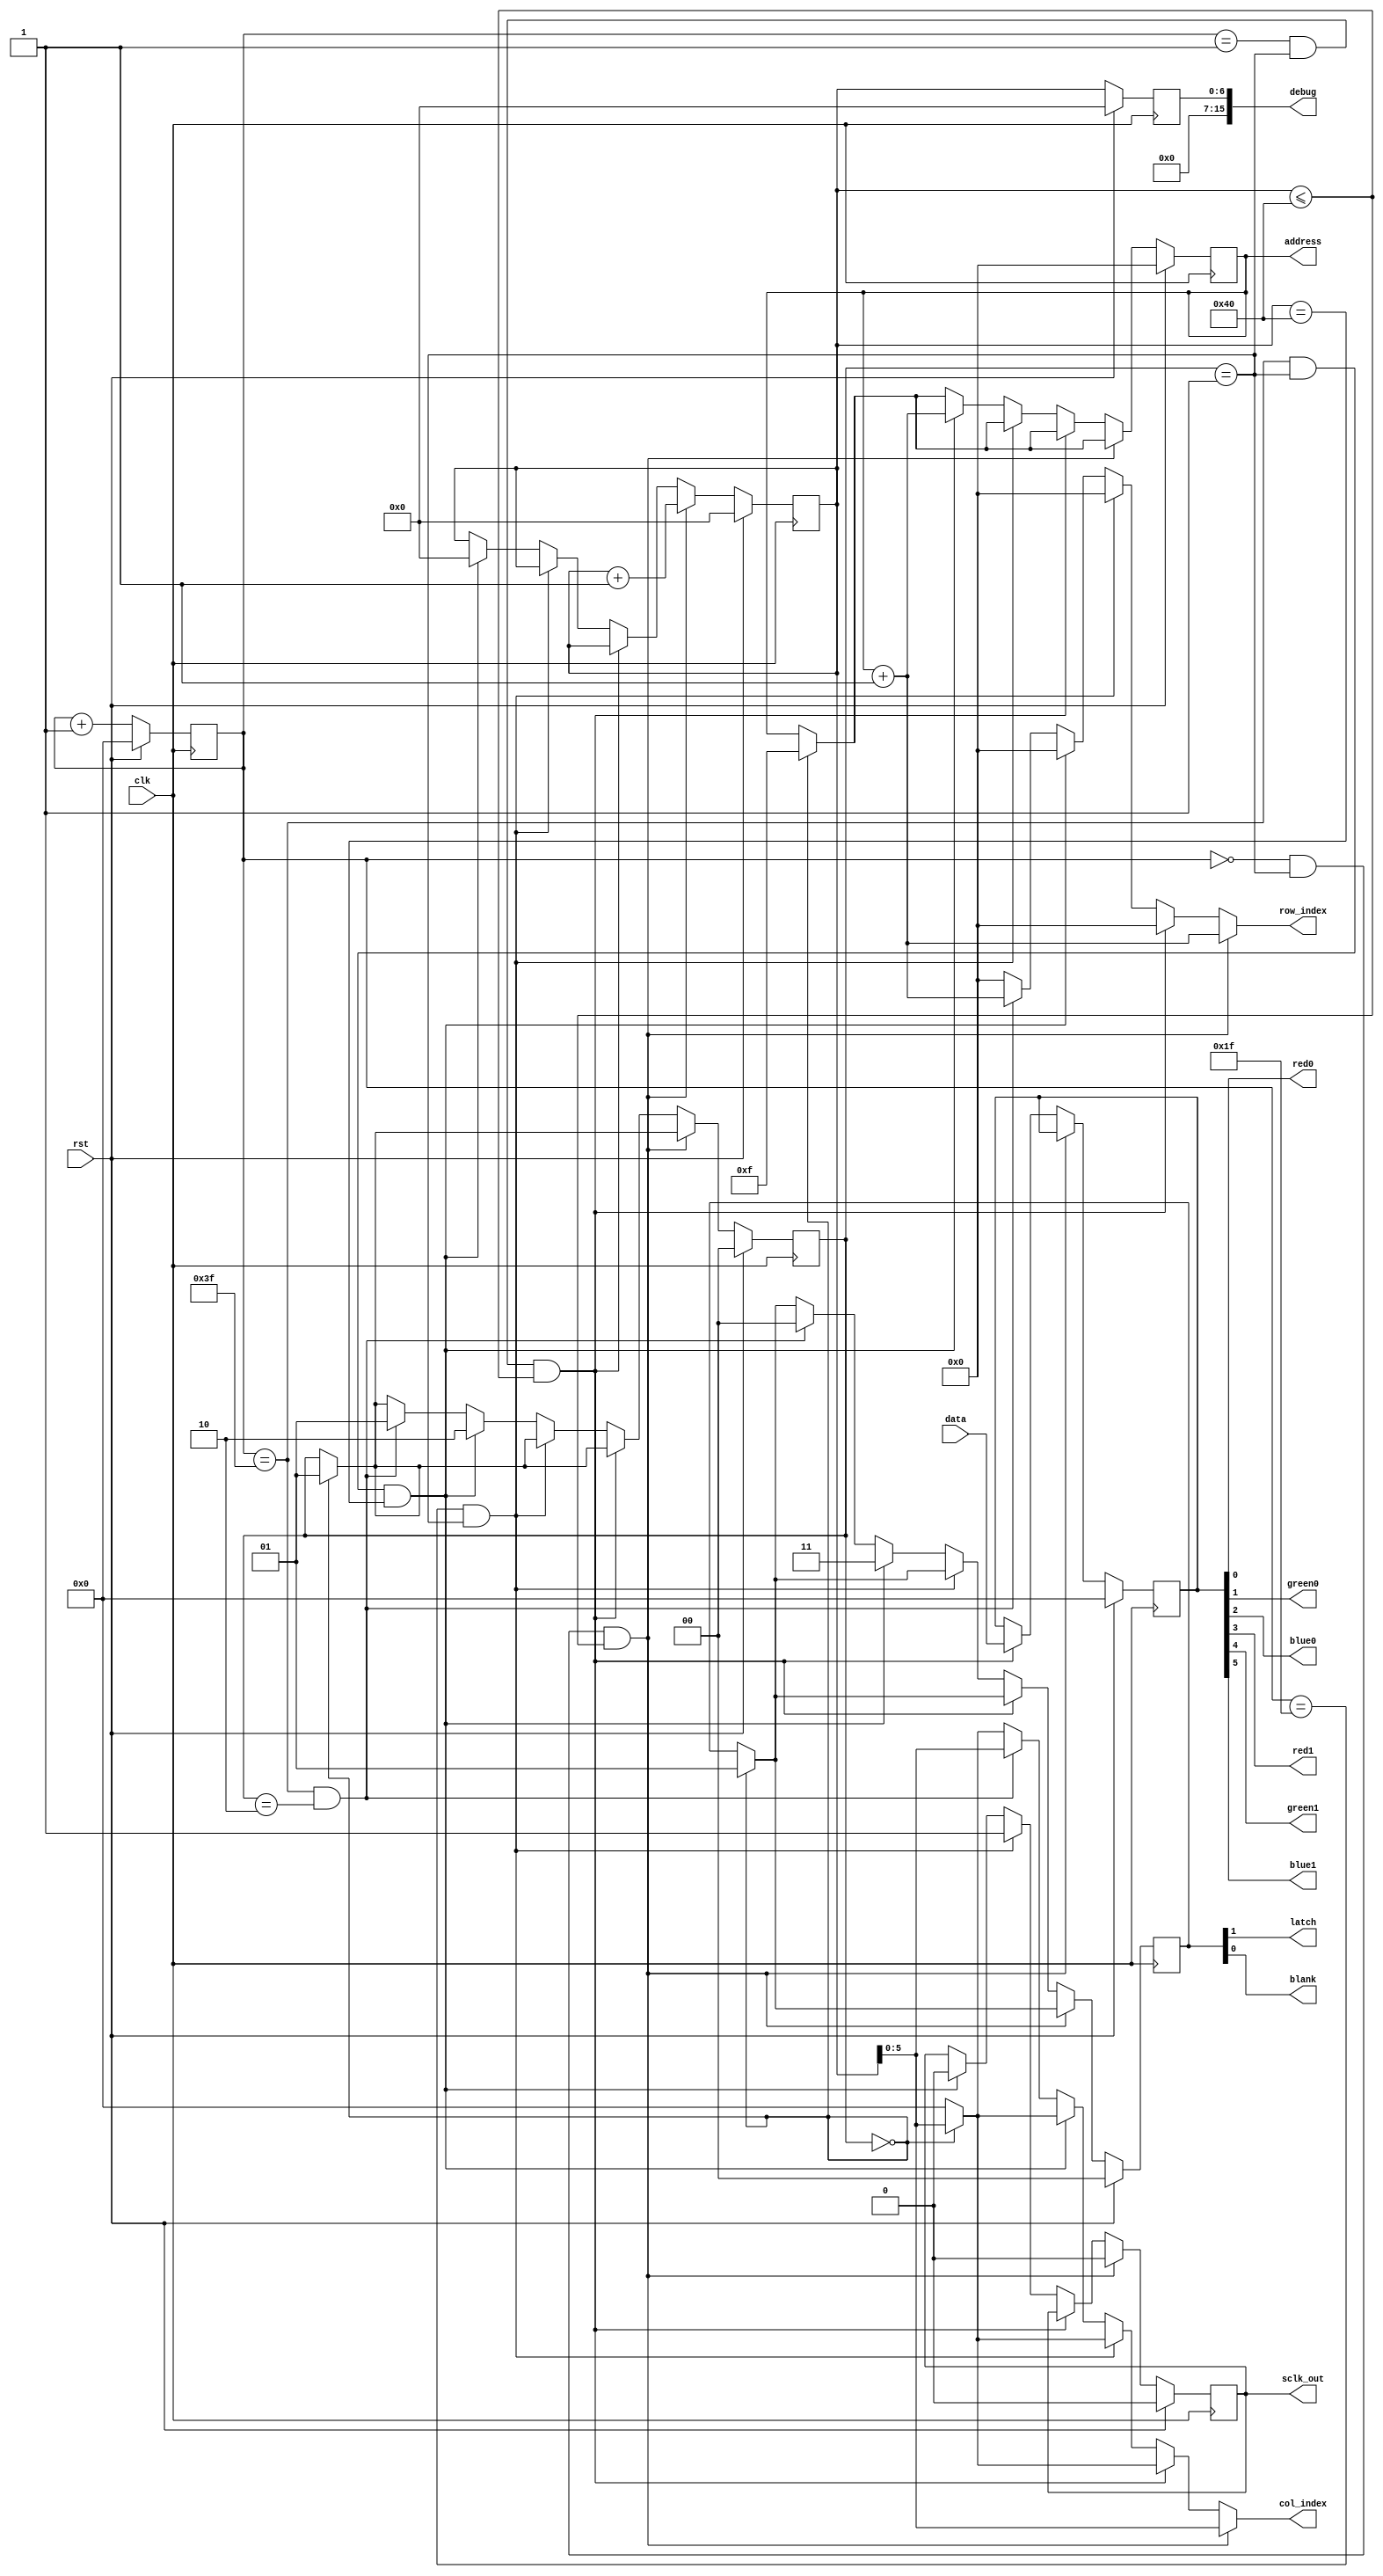
/*
   This file was generated automatically by Alchitry Labs version 1.2.1.
   Do not edit this file directly. Instead edit the original Lucid source.
   This is a temporary file and any changes made to it will be destroyed.
*/

/*
   Parameters:
     ADDRESS_SIZE = 4
     MATRIX_WIDTH = 64
*/
module matrix_writer_7 (
    input clk,
    input rst,
    input [5:0] data,
    output reg [5:0] col_index,
    output reg [3:0] row_index,
    output reg red0,
    output reg green0,
    output reg blue0,
    output reg red1,
    output reg green1,
    output reg blue1,
    output reg latch,
    output reg blank,
    output reg sclk_out,
    output reg [3:0] address,
    output reg [15:0] debug
  );
  
  localparam ADDRESS_SIZE = 3'h4;
  localparam MATRIX_WIDTH = 7'h40;
  
  
  localparam DIV = 3'h6;
  
  reg [1:0] M_state_d, M_state_q = 1'h0;
  reg [5:0] M_sclk_counter_d, M_sclk_counter_q = 1'h0;
  reg [6:0] M_led_bit_counter_d, M_led_bit_counter_q = 1'h0;
  reg [3:0] M_current_address_d, M_current_address_q = 1'h0;
  reg [15:0] M_debug_dff_d, M_debug_dff_q = 1'h0;
  reg [5:0] M_rgb_data_d, M_rgb_data_q = 1'h0;
  reg M_sclk_d, M_sclk_q = 1'h0;
  reg [1:0] M_latch_blank_d, M_latch_blank_q = 1'h0;
  
  always @* begin
    M_current_address_d = M_current_address_q;
    M_rgb_data_d = M_rgb_data_q;
    M_sclk_counter_d = M_sclk_counter_q;
    M_led_bit_counter_d = M_led_bit_counter_q;
    M_latch_blank_d = M_latch_blank_q;
    M_sclk_d = M_sclk_q;
    M_debug_dff_d = M_debug_dff_q;
    M_state_d = M_state_q;
    
    row_index = 1'h0;
    col_index = 1'h0;
    red0 = M_rgb_data_q[0+0-:1];
    green0 = M_rgb_data_q[1+0-:1];
    blue0 = M_rgb_data_q[2+0-:1];
    red1 = M_rgb_data_q[3+0-:1];
    green1 = M_rgb_data_q[4+0-:1];
    blue1 = M_rgb_data_q[5+0-:1];
    blank = M_latch_blank_q[0+0-:1];
    latch = M_latch_blank_q[1+0-:1];
    sclk_out = M_sclk_q;
    address = M_current_address_q;
    M_debug_dff_d = M_led_bit_counter_q;
    debug = M_debug_dff_q;
    M_sclk_counter_d = M_sclk_counter_q + 1'h1;
    if (M_state_q == 2'h0) begin
      M_latch_blank_d = 2'h1;
      M_current_address_d = 4'hf;
      col_index = M_led_bit_counter_q[0+5-:6];
      row_index = 1'h0;
      M_state_d = 2'h1;
    end
    if (M_sclk_counter_q == 6'h00 && M_state_q == 2'h1 && M_led_bit_counter_q <= 7'h40) begin
      M_sclk_d = 1'h0;
      col_index = M_led_bit_counter_q[0+5-:6];
      row_index = M_current_address_q + 1'h1;
      M_led_bit_counter_d = M_led_bit_counter_q + 1'h1;
    end else begin
      if (M_sclk_counter_q == 1'h1 && M_state_q == 2'h1 && M_led_bit_counter_q <= 7'h40) begin
        M_rgb_data_d = data;
      end else begin
        if (M_sclk_counter_q == 5'h1f && M_state_q == 2'h1) begin
          M_sclk_d = 1'h1;
        end else begin
          if (M_sclk_counter_q == 6'h3f && M_state_q == 2'h1 && M_led_bit_counter_q == 7'h40) begin
            M_state_d = 2'h2;
            M_latch_blank_d = 2'h3;
            M_current_address_d = M_current_address_q + 1'h1;
            M_sclk_d = 1'h0;
            M_led_bit_counter_d = 1'h0;
          end else begin
            if (M_sclk_counter_q == 6'h3f && M_state_q == 2'h2) begin
              M_latch_blank_d = 2'h0;
              col_index = M_led_bit_counter_q[0+5-:6];
              row_index = M_current_address_q + 1'h1;
              M_state_d = 2'h1;
            end
          end
        end
      end
    end
  end
  
  always @(posedge clk) begin
    if (rst == 1'b1) begin
      M_state_q <= 1'h0;
      M_sclk_counter_q <= 1'h0;
      M_led_bit_counter_q <= 1'h0;
      M_current_address_q <= 1'h0;
      M_debug_dff_q <= 1'h0;
      M_rgb_data_q <= 1'h0;
      M_sclk_q <= 1'h0;
      M_latch_blank_q <= 1'h0;
    end else begin
      M_state_q <= M_state_d;
      M_sclk_counter_q <= M_sclk_counter_d;
      M_led_bit_counter_q <= M_led_bit_counter_d;
      M_current_address_q <= M_current_address_d;
      M_debug_dff_q <= M_debug_dff_d;
      M_rgb_data_q <= M_rgb_data_d;
      M_sclk_q <= M_sclk_d;
      M_latch_blank_q <= M_latch_blank_d;
    end
  end
  
endmodule